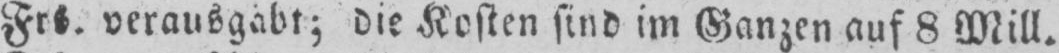
Frs. verausgabt; die Kosten sind im Ganzen auf 8 Mill.